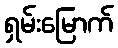
ရှမ်းမြောက်